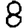
Digit: 8